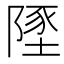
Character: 𨻐